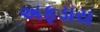
અફડાય